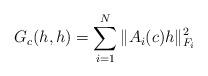
LaTeX: \begin{align*}G_c(h,h) = \sum_{i=1}^N \| A_i(c)h\|^2_{F_i}\end{align*}